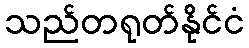
သည်တရုတ်နိုင်ငံ